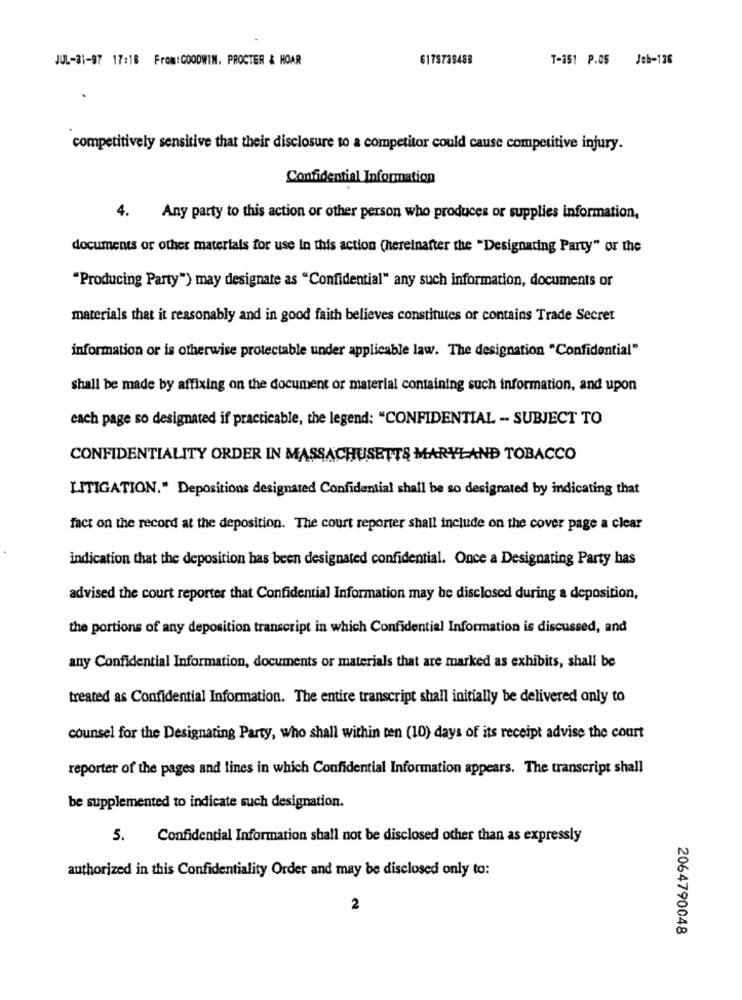
JUL-31-97 17:18 From:GOODWIN. PROCTER & HOAR
6179739488
T-151 P.05 Job-136
competitively sensitive that their disclosure to a competitor could cause competitive injury.
Confidential Information
4.
Any party to this action or other person who produces or supplies information,
documents or other materials for use in this action (hereinafter the "Designating Party" or the
"Producing Party") may designate as "Confidential" any such information, documents or
materials that it reasonably and in good faith believes constitutes or contains Trade Secret
information or is otherwise protectable under applicable law. The designation "Confidential"
shall be made by affixing on the document or material containing such information, and upon
each page so designated if practicable, the legend: "CONFIDENTIAL -- SUBJECT TO
CONFIDENTIALITY ORDER IN MASSACHUSETTS MARYLAND TOBACCO
LITIGATION." Depositions designated Confidential shall be so designated by indicating that
fact on the record at the deposition. The court reporter shall include on the cover page a clear
indication that the deposition has been designated confidential. Once a Designating Party has
advised the court reporter that Confidential Information may be disclosed during a deposition,
the portions of any deposition transcript in which Confidential Information is discussed, and
any Confidential Information, documents or materials that are marked as exhibits, shall be
treated as Confidential Information. The entire transcript shall initially be delivered only to
counsel for the Designating Party, who shall within ten (10) days of its receipt advise the court
reporter of the pages and lines in which Confidential Information appears. The transcript shall
be supplemented to indicate such designation.
5. Confidential Information shall not be disclosed other than as expressly
authorized in this Confidentiality Order and may be disclosed only to:
2
2064790048